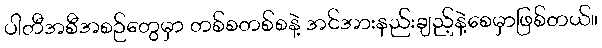
ပါတီအစီအစဉ်တွေမှာ တစ်စတစ်စနဲ့ အင်အားနည်းချည့်နဲ့စေမှာဖြစ်တယ်။